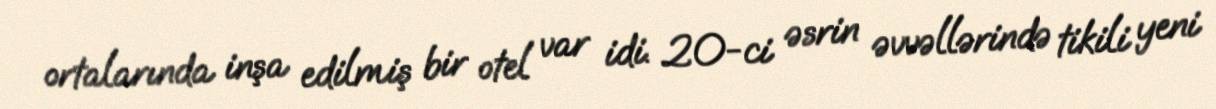
ortalarında inşa edilmiş bir otel var idi. 20-ci əsrin əvvəllərində tikili yeni